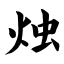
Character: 烛